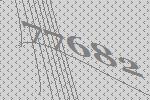
77682